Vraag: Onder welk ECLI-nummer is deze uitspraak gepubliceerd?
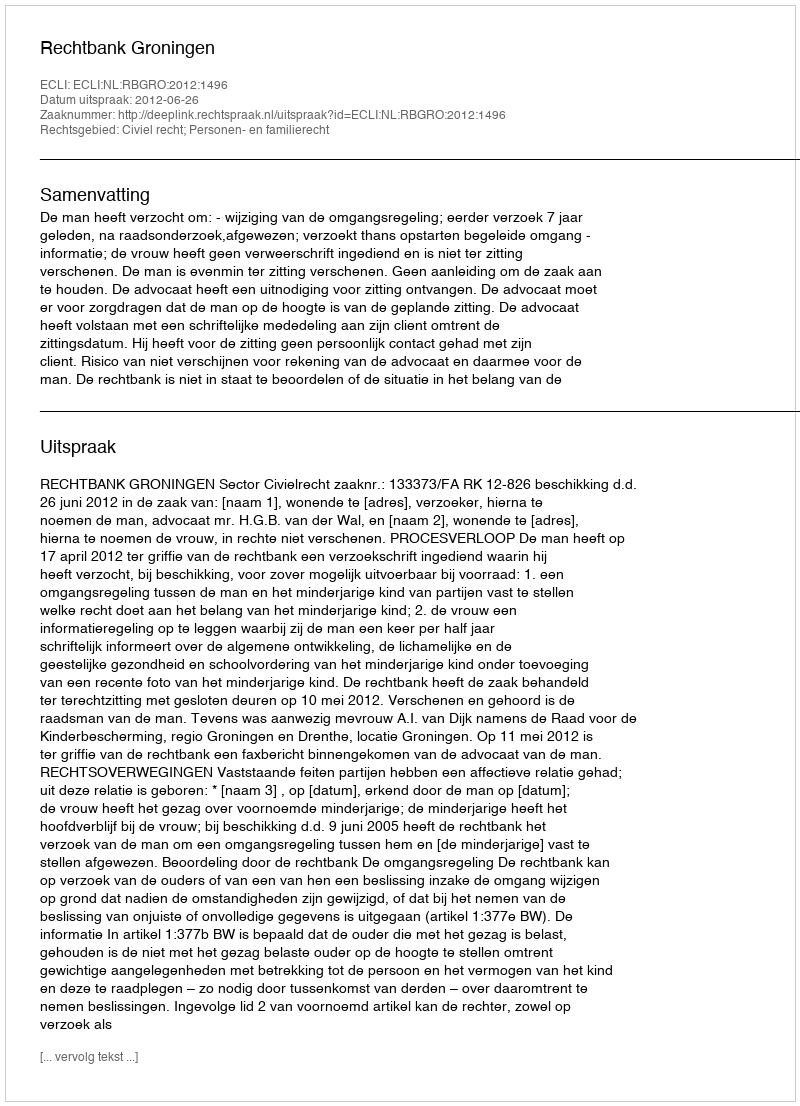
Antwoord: ECLI:NL:RBGRO:2012:1496